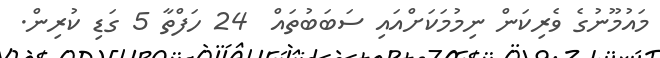
މައުމޫނުގެ ވެރިކަން ނިމުމަކަށްއައި ސަބަބުތައް  24 ހަފްތާ 5 ގަޑި ކުރިން.